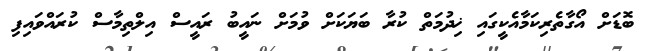
ބޮޑަށް އޯގާތެރިކަމާއެކީގައި ޚިދުމަތް ކުރާ ބަޔަކަށް ވުމަށް ނައީބު ރައީސް އިލްތިމާސް ކުރައްވައިފި